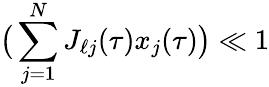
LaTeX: \big(\sum_{j=1}^{N}J_{\ell j}(\tau)x_{j}(\tau)\big)\ll 1